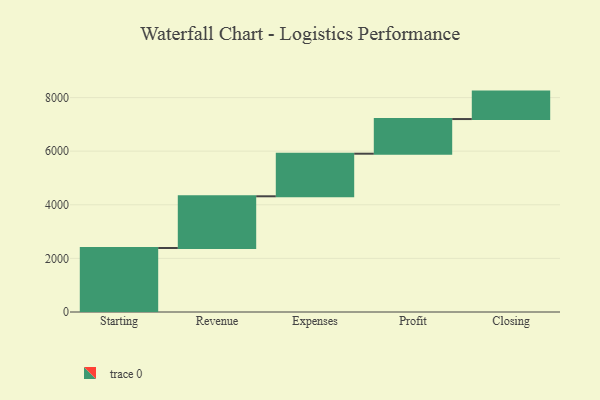
{"axis": {"x": "Step", "y": "Value"}, "legend": [""], "data": [{"x": "Starting", "y": 2387.0, "type": ""}, {"x": "Revenue", "y": 1930.0, "type": ""}, {"x": "Expenses", "y": 1589.0, "type": ""}, {"x": "Profit", "y": 1293.0, "type": ""}, {"x": "Closing", "y": 1024.0, "type": ""}]}